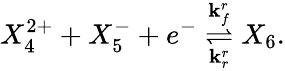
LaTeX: X_{4}^{2+}+X_{5}^{-}+e^{-}\overset{\mathbf{k}_{f}^{r}}{\underset{\mathbf{k}_{r}^{r}}{\rightleftharpoons}}X_{6}.